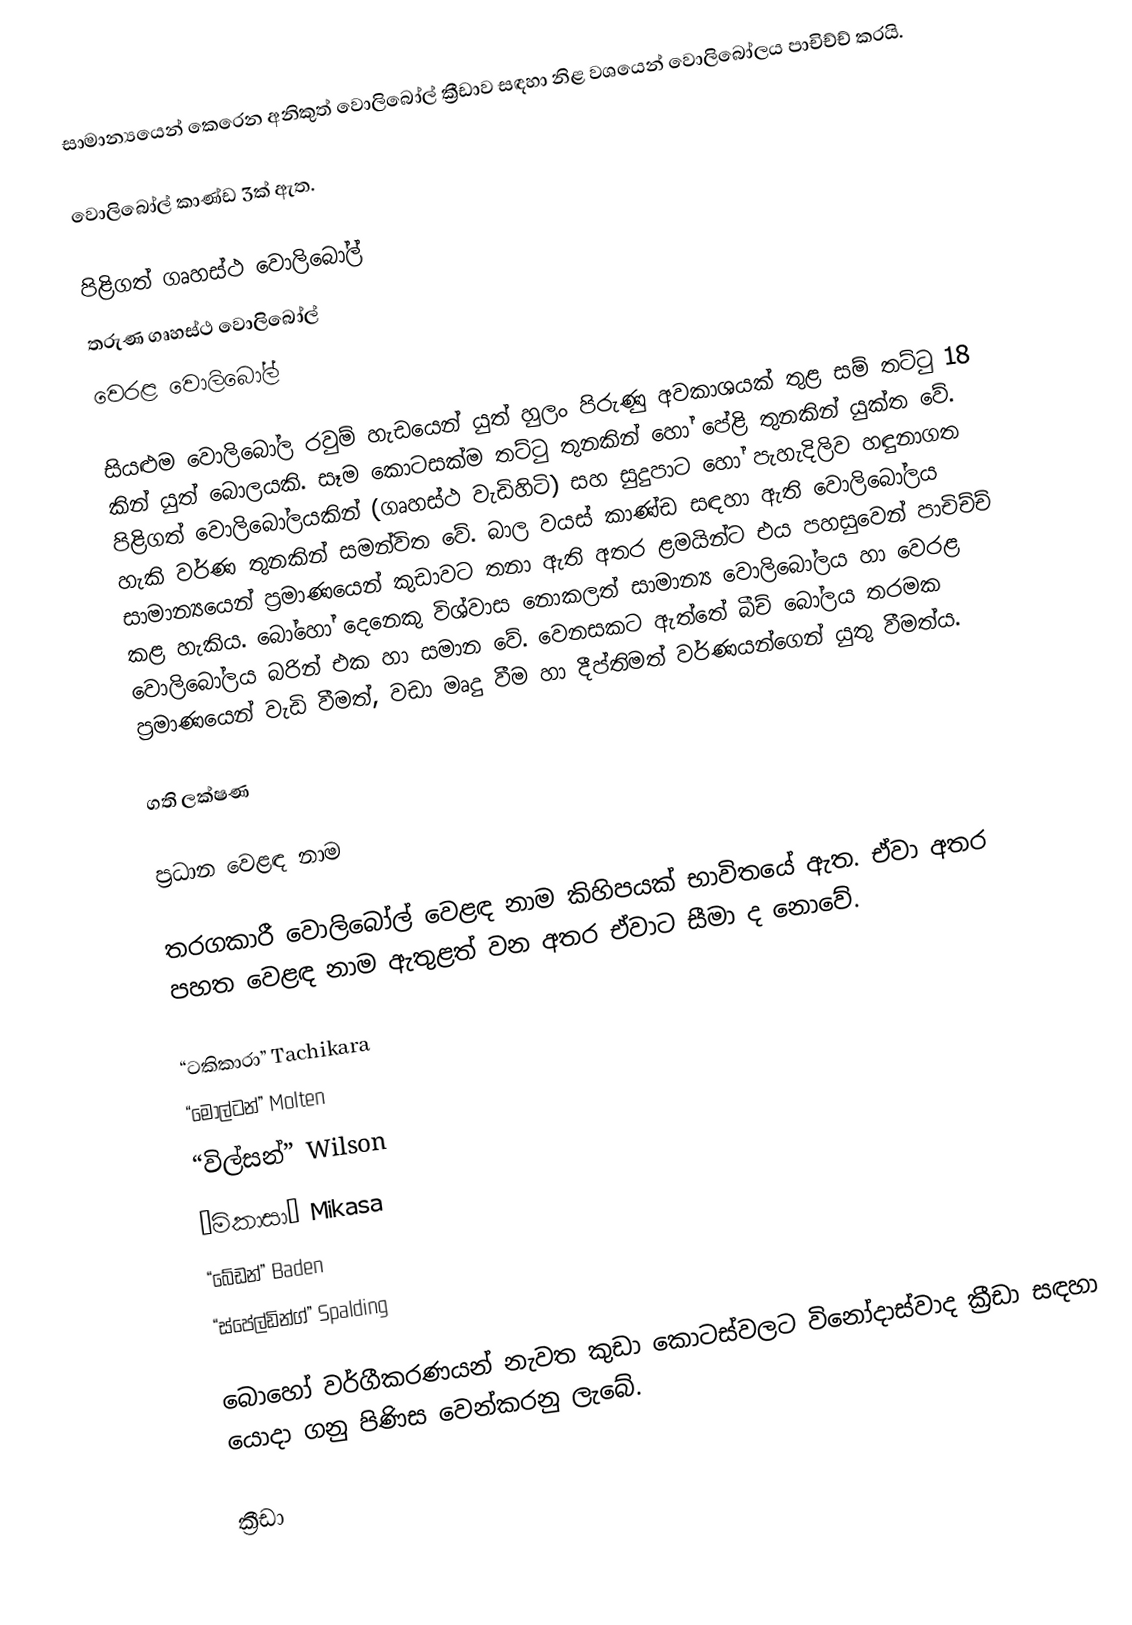
සාමාන්‍යයෙන් කෙරෙන අනිකුත් වොලිබෝල් ක්‍රීඩාව සඳහා නිළ වශයෙන් වොලිබෝලය පාචිච්ච් කරයි.

වොලිබෝල් කාණ්ඩ 3ක් ඇත.

පිළිගත් ගෘහස්ථ වොලිබෝල්
තරුණ ගෘහස්ථ වොලිබෝල්
වෙරළ වොලිබෝල්

සියළුම වොලිබෝල රවුම් හැඩයෙන් යුත් හුලං පිරුණු අවකාශයක් තුළ සම් තට්ටු 18 කින් යුත් බොලයකි. සෑම කොටසක්ම තට්ටු තුනකින් හෝ පේළි තුනකින් යුක්ත වේ. පිළිගත් වොලිබෝලයකින් (ගෘහස්ථ වැඩිහිටි) සහ සුදුපාට හෝ පැහැදිලිව හඳුනාගත හැකි වර්ණ තුනකින් සමන්විත වේ. බාල වයස් කාණ්ඩ සඳහා ඇති වොලිබෝලය සාමාන්‍යයෙන් ප්‍රමාණයෙන් කුඩාවට තනා ඇති අතර ළමයින්ට එය පහසුවෙන් පාචිච්ච් කළ හැකිය. බෝහෝ දෙනෙකු විශ්වාස නොකලත් සාමාන්‍ය වොලිබෝලය හා වෙරළ වොලිබෝලය බරින් එක හා සමාන වේ. වෙනසකට ඇත්තේ බීච් බෝලය තරමක ප්‍රමාණයෙන් වැඩි වීමත්, වඩා මෘදු වීම හා දීප්තිමත් වර්ණයන්ගෙන් යුතු වීමත්ය.

ගති ලක්ෂණ

ප්‍රධාන වෙළඳ නාම

තරගකාරී වොලිබෝල් වෙළඳ නාම කිහිපයක් භාවිතයේ ඇත. ඒවා අතර පහත වෙළඳ නාම ඇතුළත් වන අතර ඒවාට සීමා ද නොවේ.

“ටකිකාරා”  Tachikara
“මෝල්ටන්” Molten
“විල්සන්” Wilson
“මිකාසා” Mikasa
“බේඩන්”  Baden
“ස්පේල්ඩින්ග්” Spalding

බොහෝ වර්ගීකරණයන් නැවත කුඩා කොටස්වලට විනෝදාස්වාද ක්‍රීඩා සඳහා යොදා ගනු පිණිස වෙන්කරනු ලැබේ.

ක්‍රීඩා